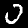
Digit: 0